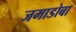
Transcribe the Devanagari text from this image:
जमाडोबा